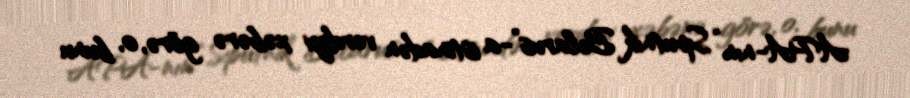
APA-nın “Sputnik Belarus”-a istinadən verdiyi xəbərə görə, o, bunu